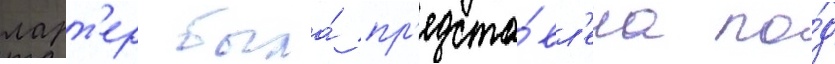
ларт'ер была́ пр'едста́вл'ена по́д